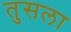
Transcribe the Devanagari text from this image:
तुसला